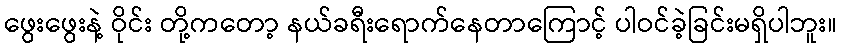
ဖွေးဖွေးနဲ့ ဝိုင်း တို့ကတော့ နယ်ခရီးရောက်နေတာကြောင့် ပါဝင်ခဲ့ခြင်းမရှိပါဘူး။